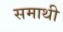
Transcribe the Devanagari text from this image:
समाथी